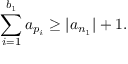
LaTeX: \sum _ { i = 1 } ^ { b _ { 1 } } a _ { p _ { i } } \geq | a _ { n _ { 1 } } | + 1 .